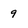
Character: 9